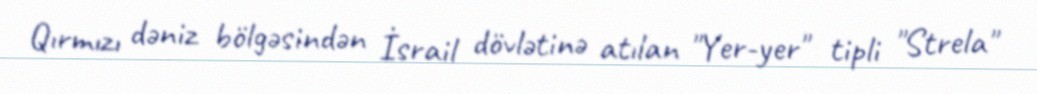
Qırmızı dəniz bölgəsindən İsrail dövlətinə atılan "Yer-yer" tipli "Strela"